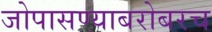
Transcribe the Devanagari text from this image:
जोपासण्याबरोबरच